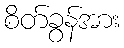
စိတ်ခွန်အား